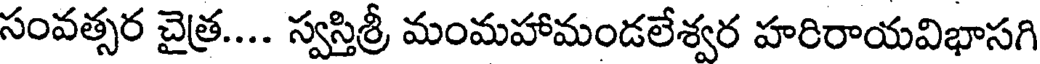
సంవత్సర చైత్ర.... స్వస్తిశ్రీ మంమహామండలేశ్వర హరిరాయవిభాసగి